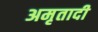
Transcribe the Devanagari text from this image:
अमृतादी